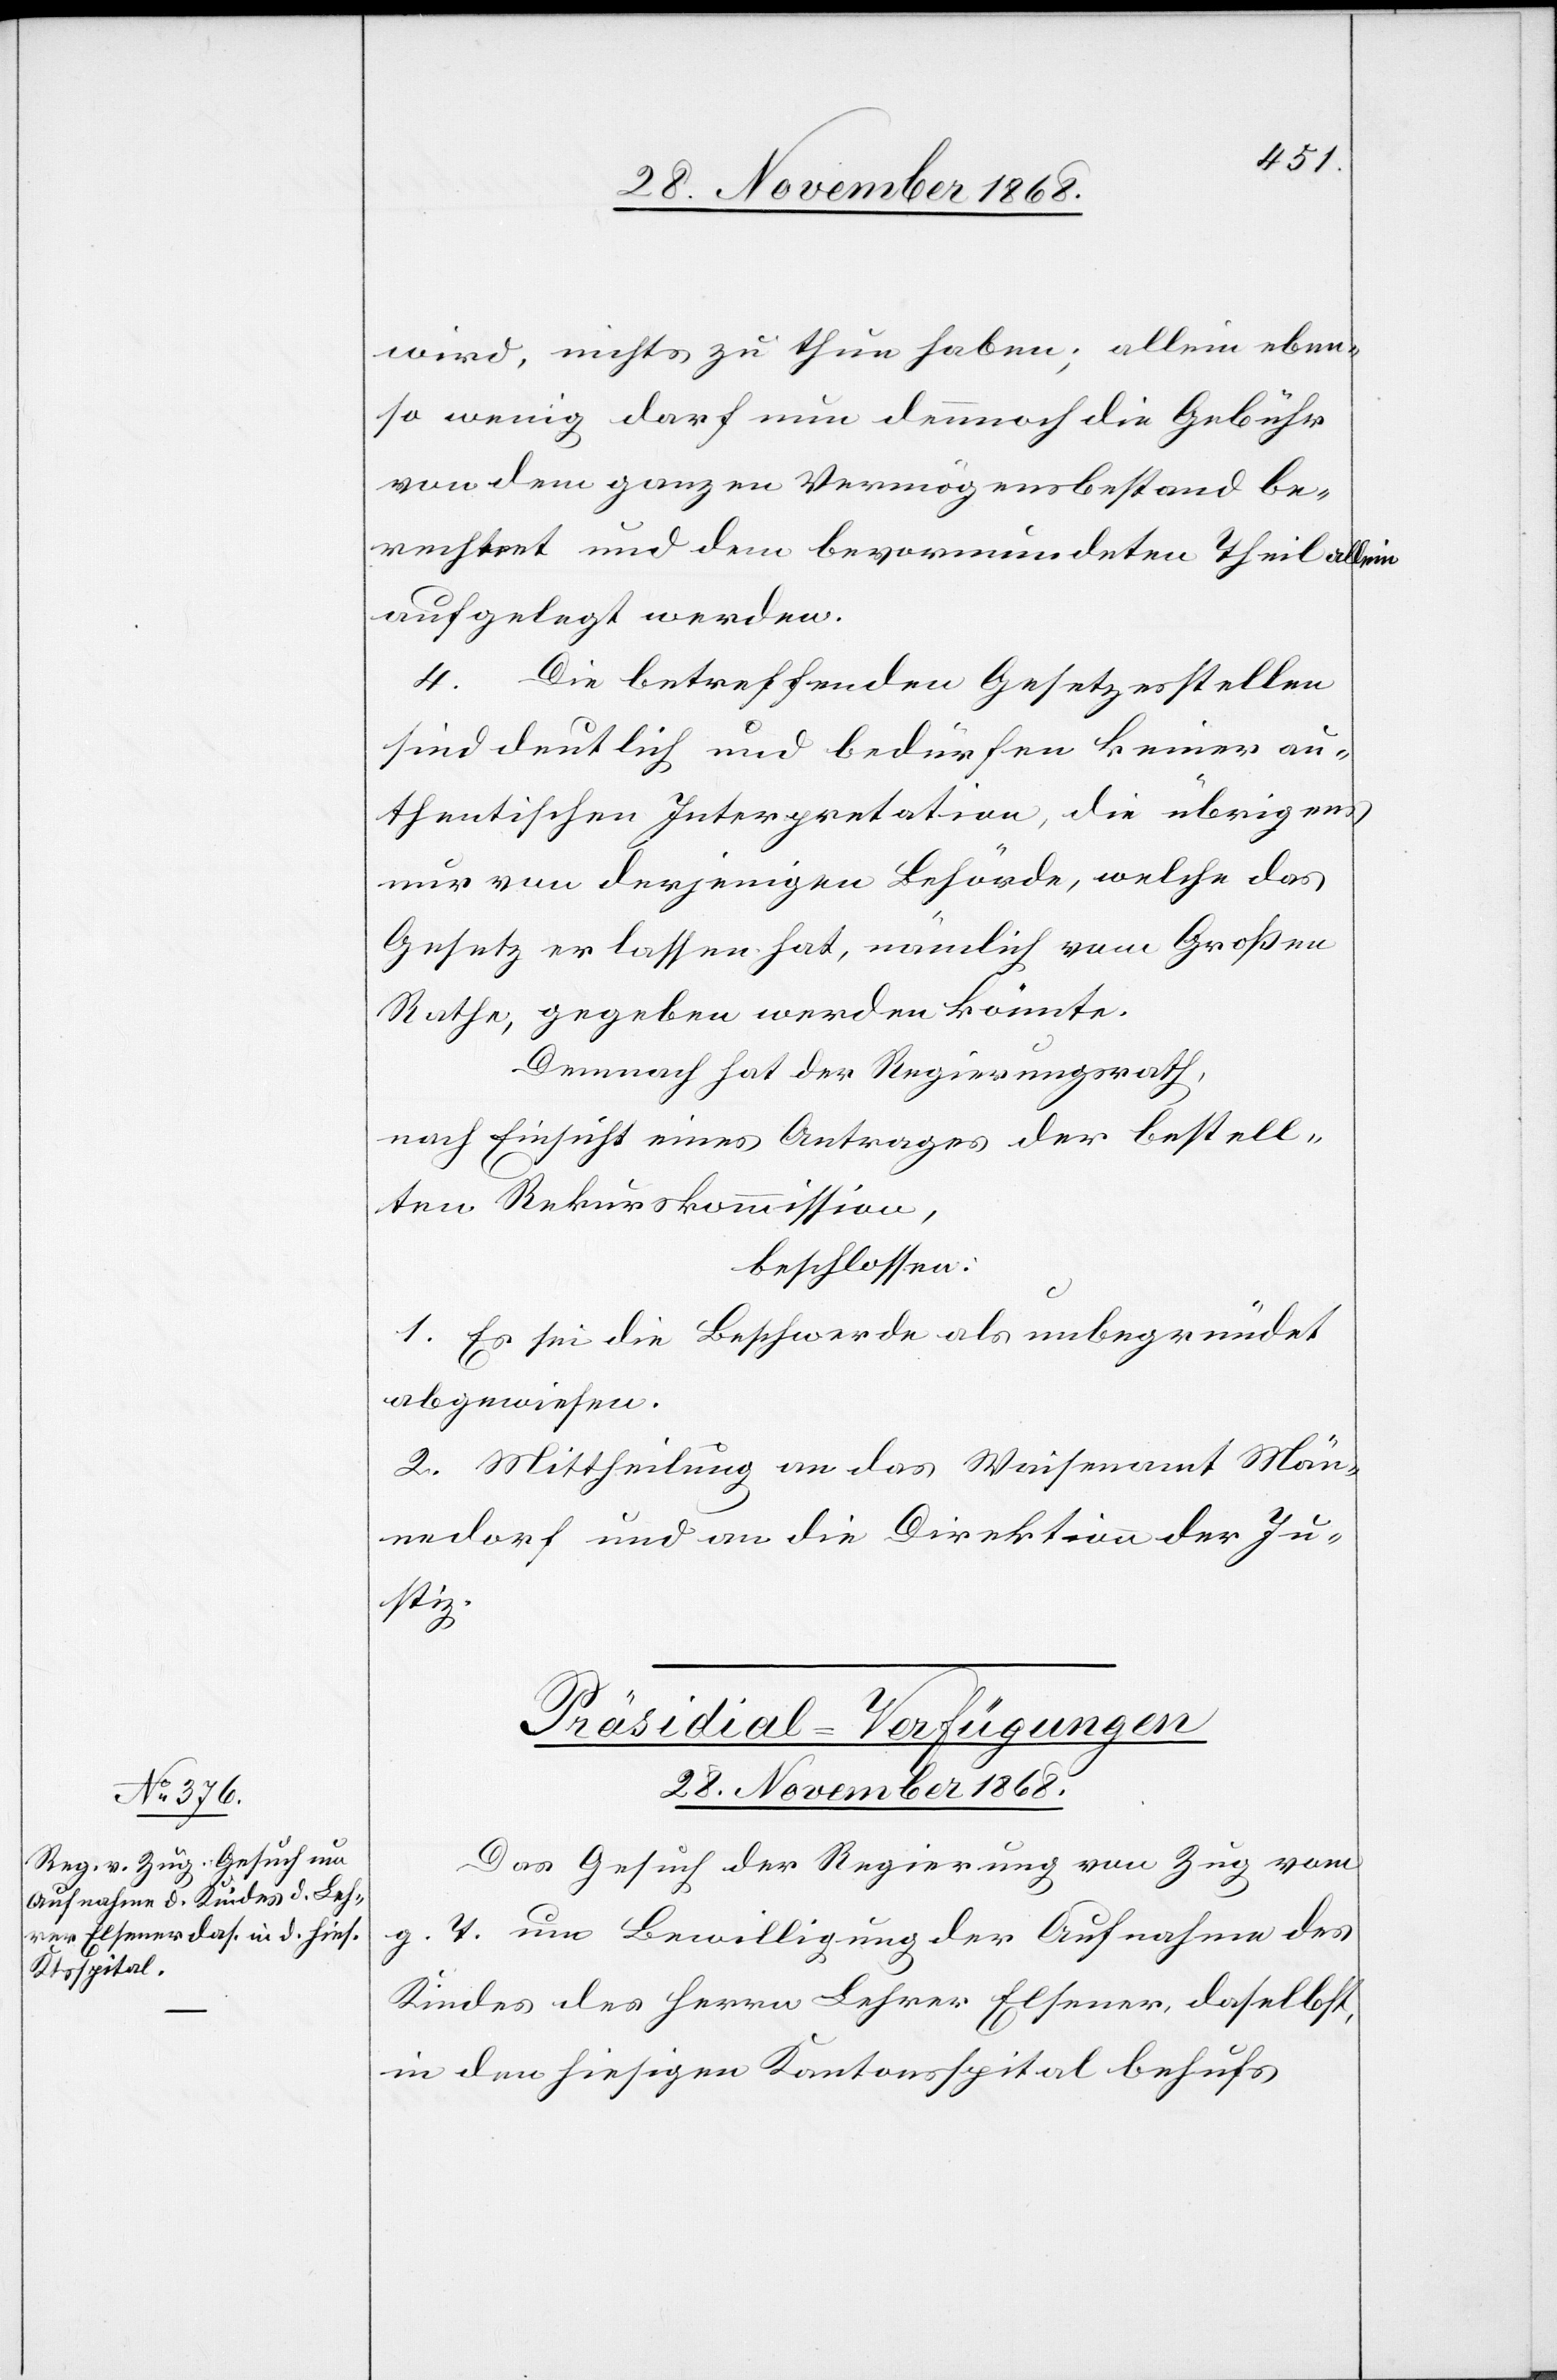
28. November 1868.
wird, nichts zu thun haben; allein eben¬
so wenig darf nun dennnoch [sic!] die Gebühr
von dem ganzen Vermögensbestand be¬
rechnet und dem bevormundeten Theil allein
aufgelegt werden.
4. Die betreffenden Gesetzesstellen
sind deutlich und bedürfen keiner au¬
thentischen Interpretation, die übrigens
nur von derjenigen Behörde, welche das
Gesetz erlassen hat, nämlich vom Großen
Rathe, gegeben werden könnte.
Demnach hat der Regierungsrath,
nach Einsicht eines Antrages der bestell¬
ten Rekurskommission,
beschlossen:
1. Es sei die Beschwerde als unbegründet
abgewiesen.
2. Mittheilung an das Waisenamt Män¬
nedorf und an die Direktion der Ju¬
stiz.
Präsidial-Verfügungen
Das Gesuch der Regierung von Zug vom
g. T. um Bewilligung der Aufnahme des
Kindes des Herrn Lehrer Elsener, daselbst,
in den hiesigen Kantonsspital behufs